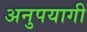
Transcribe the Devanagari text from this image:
अनुपयागी